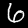
Label: 6